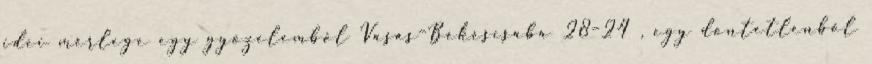
idei mérlege egy győzelemből Vasas–Békéscsaba 28–24 , egy döntetlenből